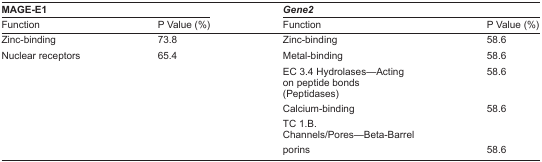
| <COLSPAN=2> MAGE-E1 | <COLSPAN=2> Gene2 |
 | Function | P Value (%) | Function | P Value (%) |
 | --- | --- | --- | --- |
 | Zinc-binding | 73.8 | Zinc-binding | 58.6 |
 | Nuclear receptors | 65.4 | Metal-binding | 58.6 |
 |  |  | EC 3.4 Hydrolases—Acting on peptide bonds (Peptidases) | 58.6 |
 |  |  | Calcium-binding | 58.6 |
 |  |  | TC 1.B. Channels/Pores—Beta-Barrel porins | 58.6 |